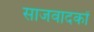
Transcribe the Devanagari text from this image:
साजवादकों